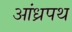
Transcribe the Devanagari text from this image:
आंध्रपथ